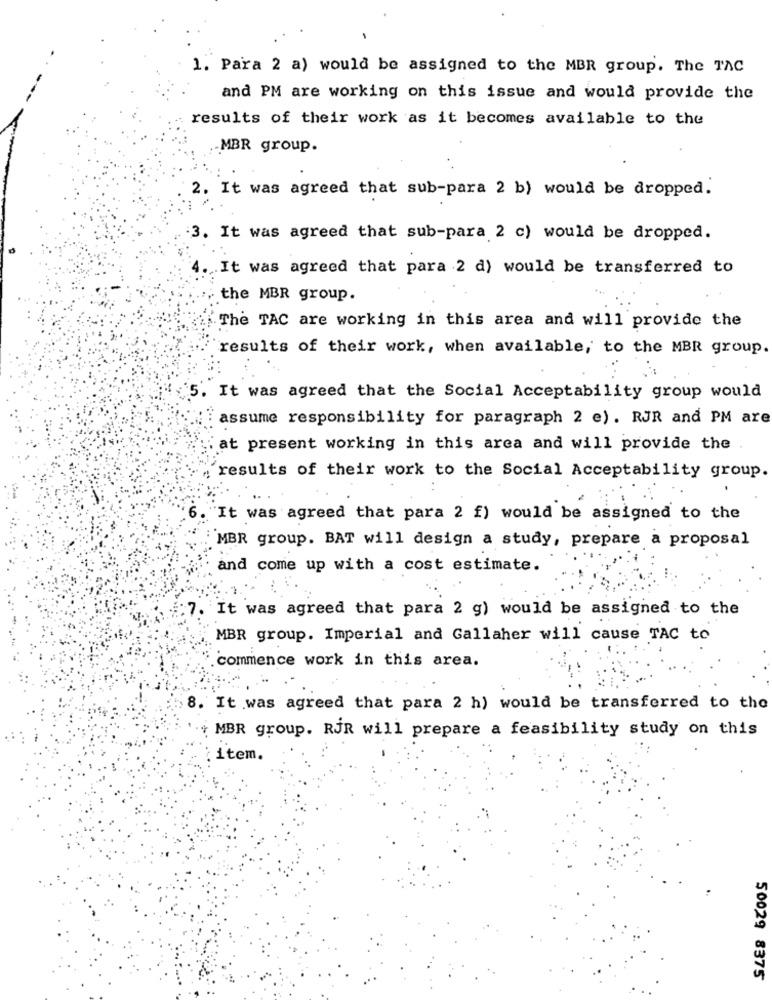
1. Para 2 a) would be assigned to the MBR group. The TAC
and PM are working on this issue and would provide the
results of their work as it becomes available to the
-MBR group.
2. It was agreed that sub-para 2 b) would be dropped.
3. It was agreed that sub-para 2 c) would be dropped.
It was agreed that para 2 d) would be transferred to
; the MBR group.
The TAC are working in this area and will provide the
results of their work, when available, to the MBR group.
5. It was agreed that the Social Acceptability group would
assume responsibility for paragraph 2 e). RJR and PM are
at present working in this area and will provide the
results of their work to the Social Acceptability group.
"It was agreed that para 2 f) would be assigned to the
MBR group. BAT will design a study, prepare a proposal
and come up with a cost estimate.
It was agreed that para 2 g) would be assigned to the
MBR group. Imperial and Gallaher will cause TAC to
commence work in this area.
8. It was agreed that para 2 h) would be transferred to the
+ MBR group. RJR will prepare a feasibility study on this
item.
50029 8375